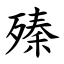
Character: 殝